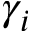
\gamma _ { i }